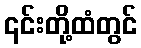
၎င်းတို့ထံတွင်